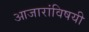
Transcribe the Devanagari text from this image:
आजारांविषयी